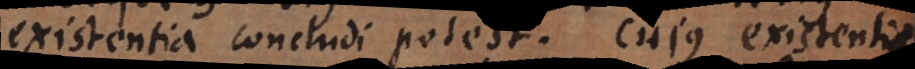
existentia concludi potest. Cujus existentia